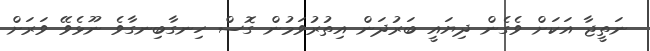
ނަތީޖާ އަކަށް ވެގެން ދިޔައީ ބަރުދަން އިތުރުވަމުން ގޮސް ހިނގާބިނގާވެ ނޫޅެވޭ ވަރަށް